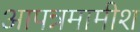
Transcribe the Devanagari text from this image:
आपन्नमामीश